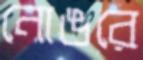
নোঙরে